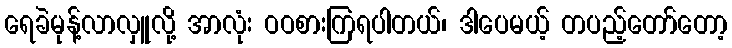
ရေခဲမုန့်လာလှူလို့ အာလုံး ဝဝစားကြရပါတယ်၊ ဒါပေမယ့် တပည့်တော်တော့